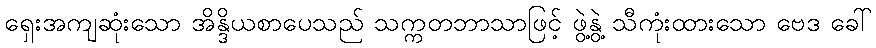
ရှေးအကျဆုံးသော အိန္ဒိယစာပေသည် သက္ကတဘာသာဖြင့် ဖွဲ့နွဲ့ သီကုံးထားသော ဗေဒ ခေါ်